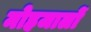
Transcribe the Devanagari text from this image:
मोहजालों